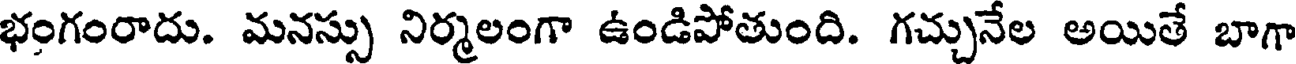
భంగంరాదు. మనస్సు నిర్మలంగా ఉండిపోతుంది. గచ్చునేల అయితే బాగా